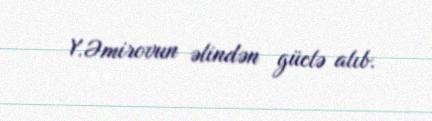
Y.Əmirovun əlindən güclə alıb.